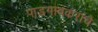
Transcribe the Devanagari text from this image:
पाडगावकरांचे